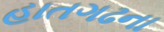
હાતગઢના